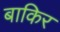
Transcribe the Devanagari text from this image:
बाकिर